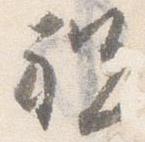
祝